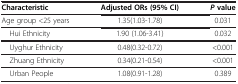
<table><thead><tr><td><b>Characteristic</b></td><td><b>Adjusted ORs (95% CI)</b></td><td><b><i>P </i>value</b></td></tr></thead><tbody><tr><td>Age group &lt;25 years</td><td>1.35(1.03-1.78)</td><td>0.031</td></tr><tr><td> Hui Ethnicity</td><td>1.90 (1.06-3.41)</td><td>0.032</td></tr><tr><td> Uyghur Ethnicity</td><td>0.48(0.32-0.72)</td><td>&lt;0.001</td></tr><tr><td> Zhuang Ethnicity</td><td>0.34(0.21-0.54)</td><td>&lt;0.001</td></tr><tr><td> Urban People</td><td>1.08(0.91-1.28)</td><td>0.389</td></tr></tbody></table>